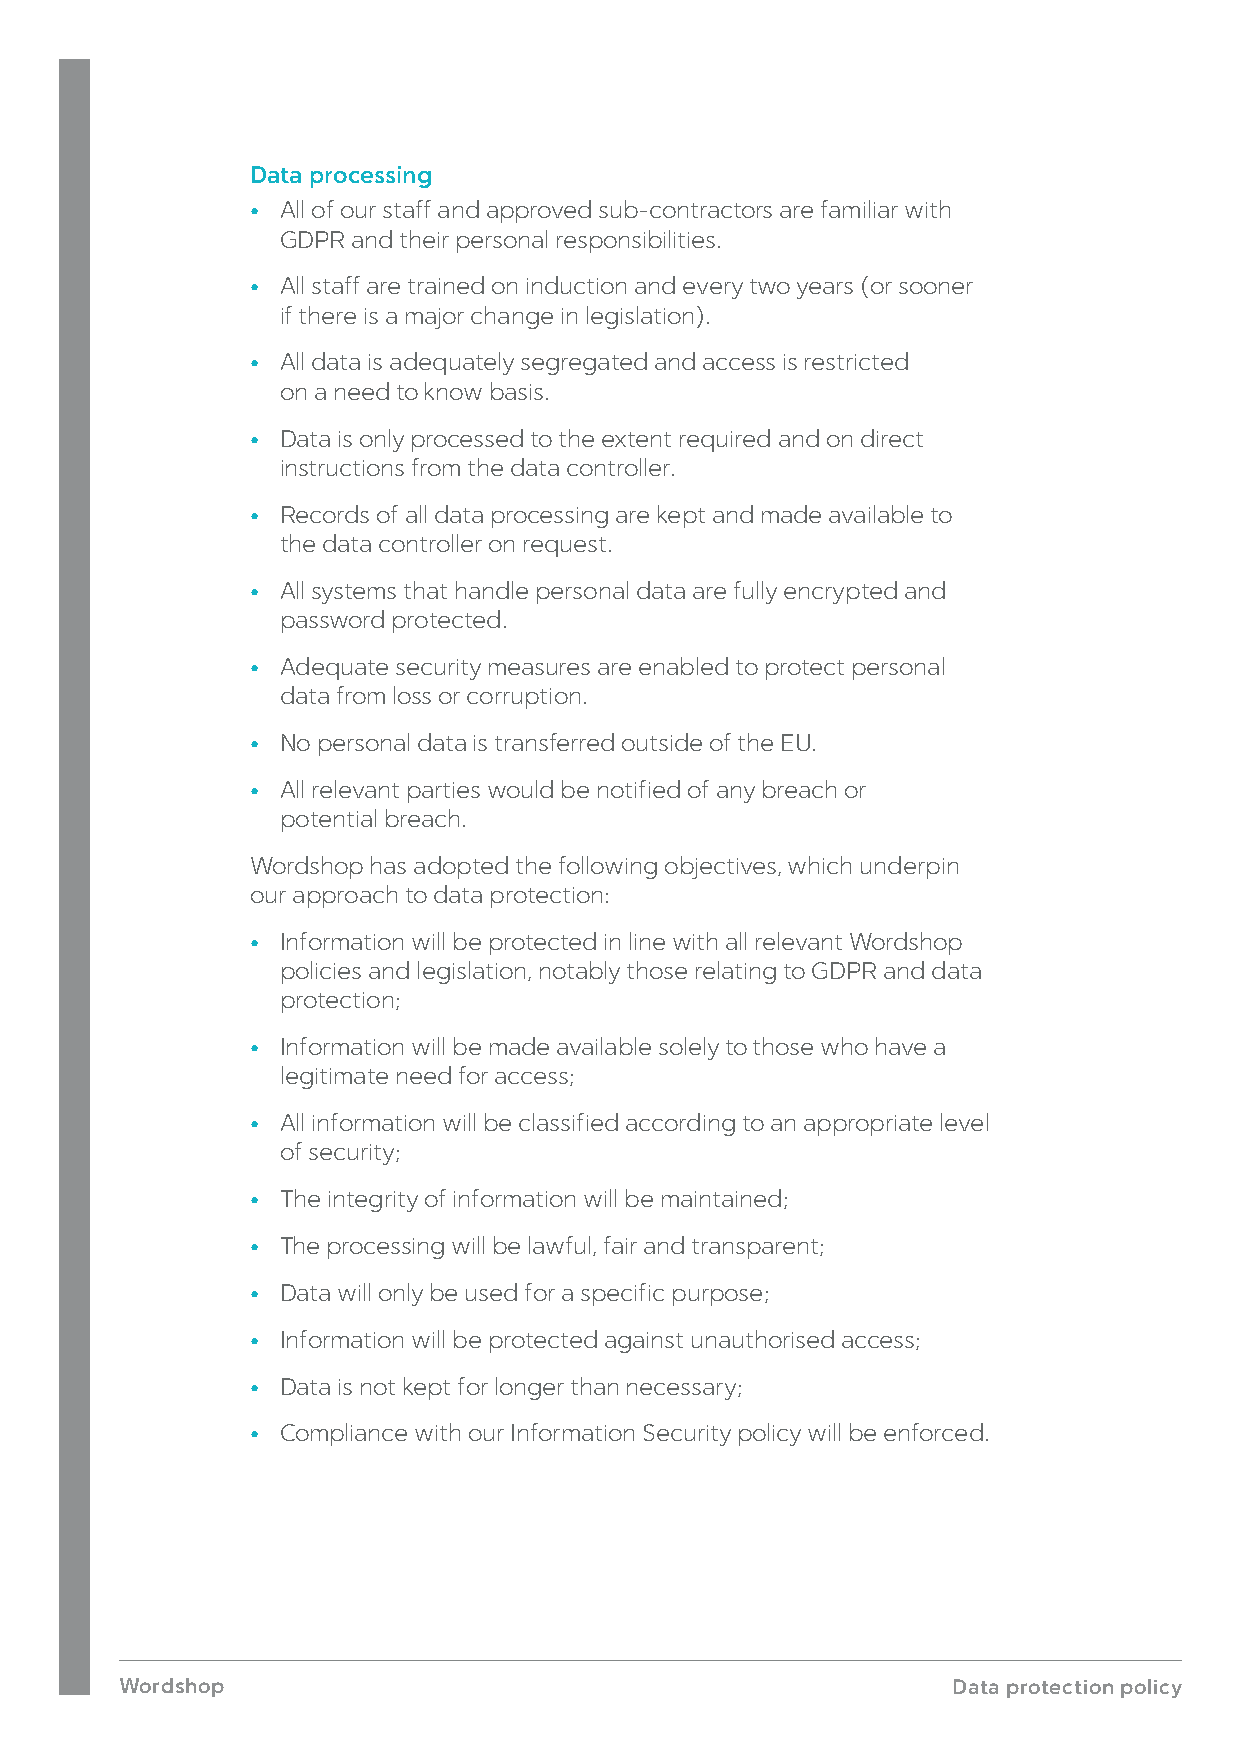
Data processing
 • All of our staff and approved sub-contractors are familiar with
 GDPR and their personal responsibilities.
 • All staff are trained on induction and every two years (or sooner
 if there is a major change in legislation).
 • All data is adequately segregated and access is restricted
 on a need to know basis.
 • Data is only processed to the extent required and on direct
 instructions from the data controller.
 • Records of all data processing are kept and made available to
 the data controller on request.
 • All systems that handle personal data are fully encrypted and
 password protected.
 • Adequate security measures are enabled to protect personal
 data from loss or corruption.
 • No personal data is transferred outside of the EU.
 • All relevant parties would be notified of any breach or
 potential breach.
 Wordshop has adopted the following objectives, which underpin
 our approach to data protection:
 • Information will be protected in line with all relevant Wordshop
 policies and legislation, notably those relating to GDPR and data
 protection;
 • Information will be made available solely to those who have a
 legitimate need for access;
 • All information will be classified according to an appropriate level
 of security;
 • The integrity of information will be maintained;
 • The processing will be lawful, fair and transparent;
 • Data will only be used for a specific purpose;
 • Information will be protected against unauthorised access;
 • Data is not kept for longer than necessary;
 • Compliance with our Information Security policy will be enforced.
 Wordshop                                               Data protection policy